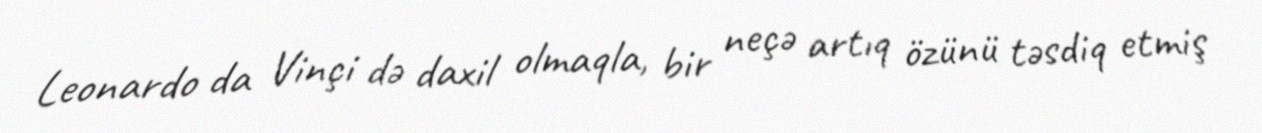
Leonardo da Vinçi də daxil olmaqla, bir neçə artıq özünü təsdiq etmiş